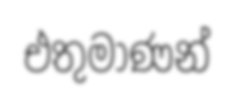
එතුමාණන්